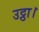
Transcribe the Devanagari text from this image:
उट्ठा।